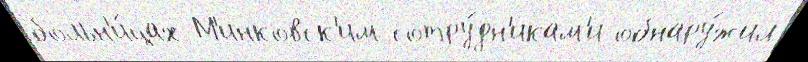
больн'и́цах М'инковск'им сотру́дн'икам'и обнару́жил